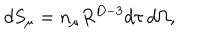
d S _ { \mu } = n _ { \mu } R ^ { D - 3 } d \tau \, d \Omega ,